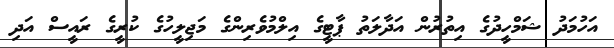
އަހުމަދު ޝަމްހީދުގެ އިތުރުން އަދާލަތު ޕާޓީގެ އިލްމުވެރިންގެ މަޖިލީހުގެ ކުރީގެ ރައީސް އަދި